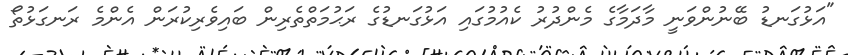
"އަޅުގަނޑު ބޭނުންވަނީ މާދަމާގެ މެންދުރު ކެއުމުގައި އަޅުގަނޑުގެ ރަޙުމަތްތެރިން ބައިވެރިކުރަން އެންމެ ރަނގަޅުތޯ